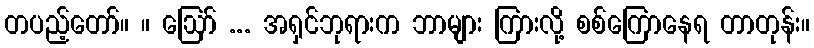
တပည့်တော်။ ။ ဩော် ... အရှင်ဘုရားက ဘာများ ကြားလို့ စစ်ကြောနေရ တာတုန်း။